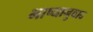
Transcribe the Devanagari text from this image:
भाष्यानुवाद